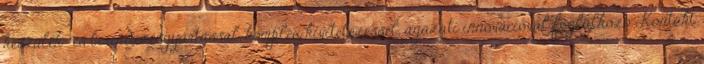
készülék- és berendezésgyártással, komplex kivitelezéssel, ágazati innovációval foglalkozó Kontakt